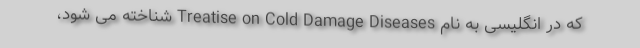
که در انگلیسی به نام Treatise on Cold Damage Diseases شناخته می شود،